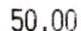
50.00